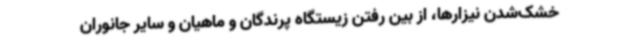
خشک‌شدن نیزارها، از بین رفتن زیستگاه پرندگان و ماهیان و سایر جانوران